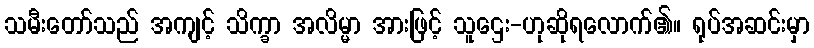
သမီးတော်သည် အကျင့် သိက္ခာ အလိမ္မာ အားဖြင့် သူဌေး-ဟုဆိုရလောက်၏။ ရုပ်အဆင်းမှာ